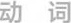
动 词